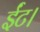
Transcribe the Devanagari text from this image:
ईंट।